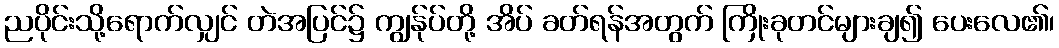
ညပိုင်းသို့ရောက်လျှင် တဲအပြင်၌ ကျွန်ုပ်တို့ အိပ် ခတ်ရန်အတွက် ကြိုးခုတင်များချ၍ ပေးလေ၏၊